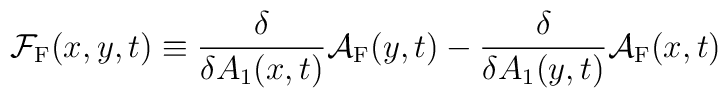
{\cal F}_{\rm F}(x,y,t) \equiv \frac{\delta}{\delta A_1(x,t)}{\cal A}_{\rm F}(y,t) - \frac{\delta}{\delta A_1(y,t)}{\cal A}_{\rm F}(x,t)